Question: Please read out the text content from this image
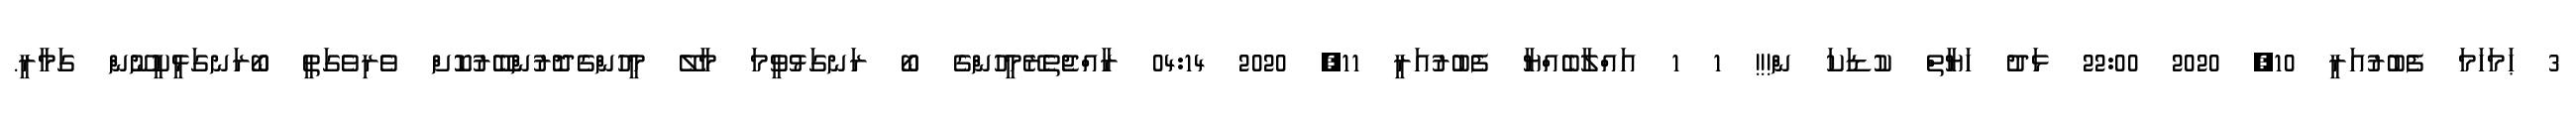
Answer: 3 ޙަމަހަމަ ފެބުރުއަރީ 10, 2020 22:00 ޅަދު ހަޔާތް ކުޑަކަ ން!!! 1 1 އައްލާބެއްޔާ ފެބުރުއަރީ 11, 2020 04:14 ރާއްޖެތެރޭމީހުންގެ ބޯ ރަނގަޅުވީމަ މާލޭ މީހުންގެދޮރުންބޭރުކޮށް ވެރިވެގަތީ ބޯރަނގަޅީކީނޫން ގަމާރީ.